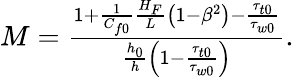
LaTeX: \begin{array}{r}{M=\frac{1+\frac{1}{C_{f0}}\frac{H_{F}}{L}\left(1-\beta^{2}\right)-\frac{\tau_{t0}}{\tau_{w0}}}{\frac{h_{0}}{h}\left(1-\frac{\tau_{t0}}{\tau_{w0}}\right)}.}\end{array}